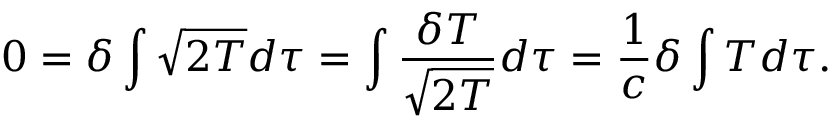
0 = \delta \int { \sqrt { 2 T } } d \tau = \int { \frac { \delta T } { \sqrt { 2 T } } } d \tau = { \frac { 1 } { c } } \delta \int T d \tau .